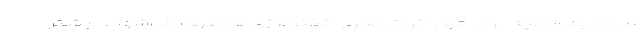
می‌کنیم از آنچه برای مهار اثرات مخرب تکنولوژی‌ها صرف می‌شود، بیشتر